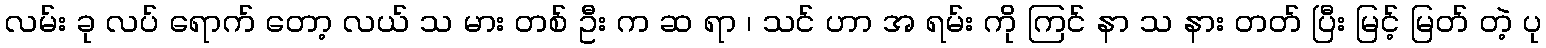
လမ်း ခု လပ် ရောက် တော့ လယ် သ မား တစ် ဦး က ဆ ရာ ၊ သင် ဟာ အ ရမ်း ကို ကြင် နာ သ နား တတ် ပြီး မြင့် မြတ် တဲ့ ပု